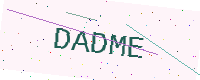
Text: DADME